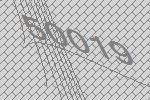
50019